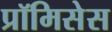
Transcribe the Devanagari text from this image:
प्रॉमिसेस